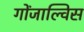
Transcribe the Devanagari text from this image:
गोंजाल्विस